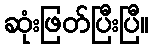
ဆုံးဖြတ်ပြီးပြီ။